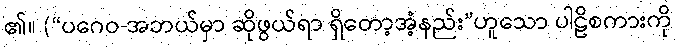
၏။ (“ပဂေဝ-အဘယ်မှာ ဆိုဖွယ်ရာ ရှိတော့အံ့နည်း”ဟူသော ပါဠိစကားကို